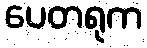
ပေတရုက